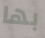
بها